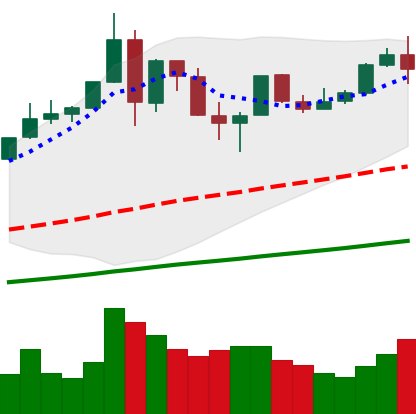
Ticker: BTC-USD
Chart end date: 2019-07-10
Forward return: -10.377%
Label: down_7plus